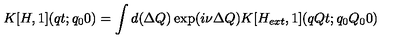
K [ H , 1 ] ( q t ; q _ { 0 } 0 ) = \int d ( \Delta Q ) \exp ( i \nu \Delta Q ) K [ H _ { e x t } , 1 ] ( q Q t ; q _ { 0 } Q _ { 0 } 0 )